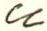
u